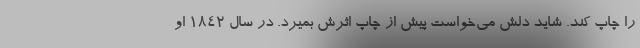
را چاپ کند. شاید دلش می‌خواست پیش از چاپ اثرش بمیرد. در سال ۱۸۴۲ او